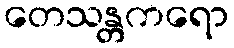
တေသန္တကရော